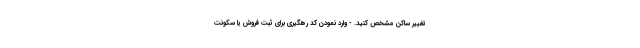
تغییر ساکن مشخص کنید. - وارد نمودن کد رهگیری برای ثبت فروش یا سکونت